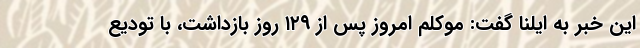
این خبر به ایلنا گفت: موکلم امروز پس از ۱۲۹ روز بازداشت، با تودیع